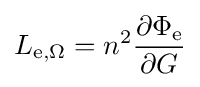
L_{\mathrm {e} ,\Omega }=n^{2}{\frac {\partial \Phi _{\mathrm {e} }}{\partial G}}